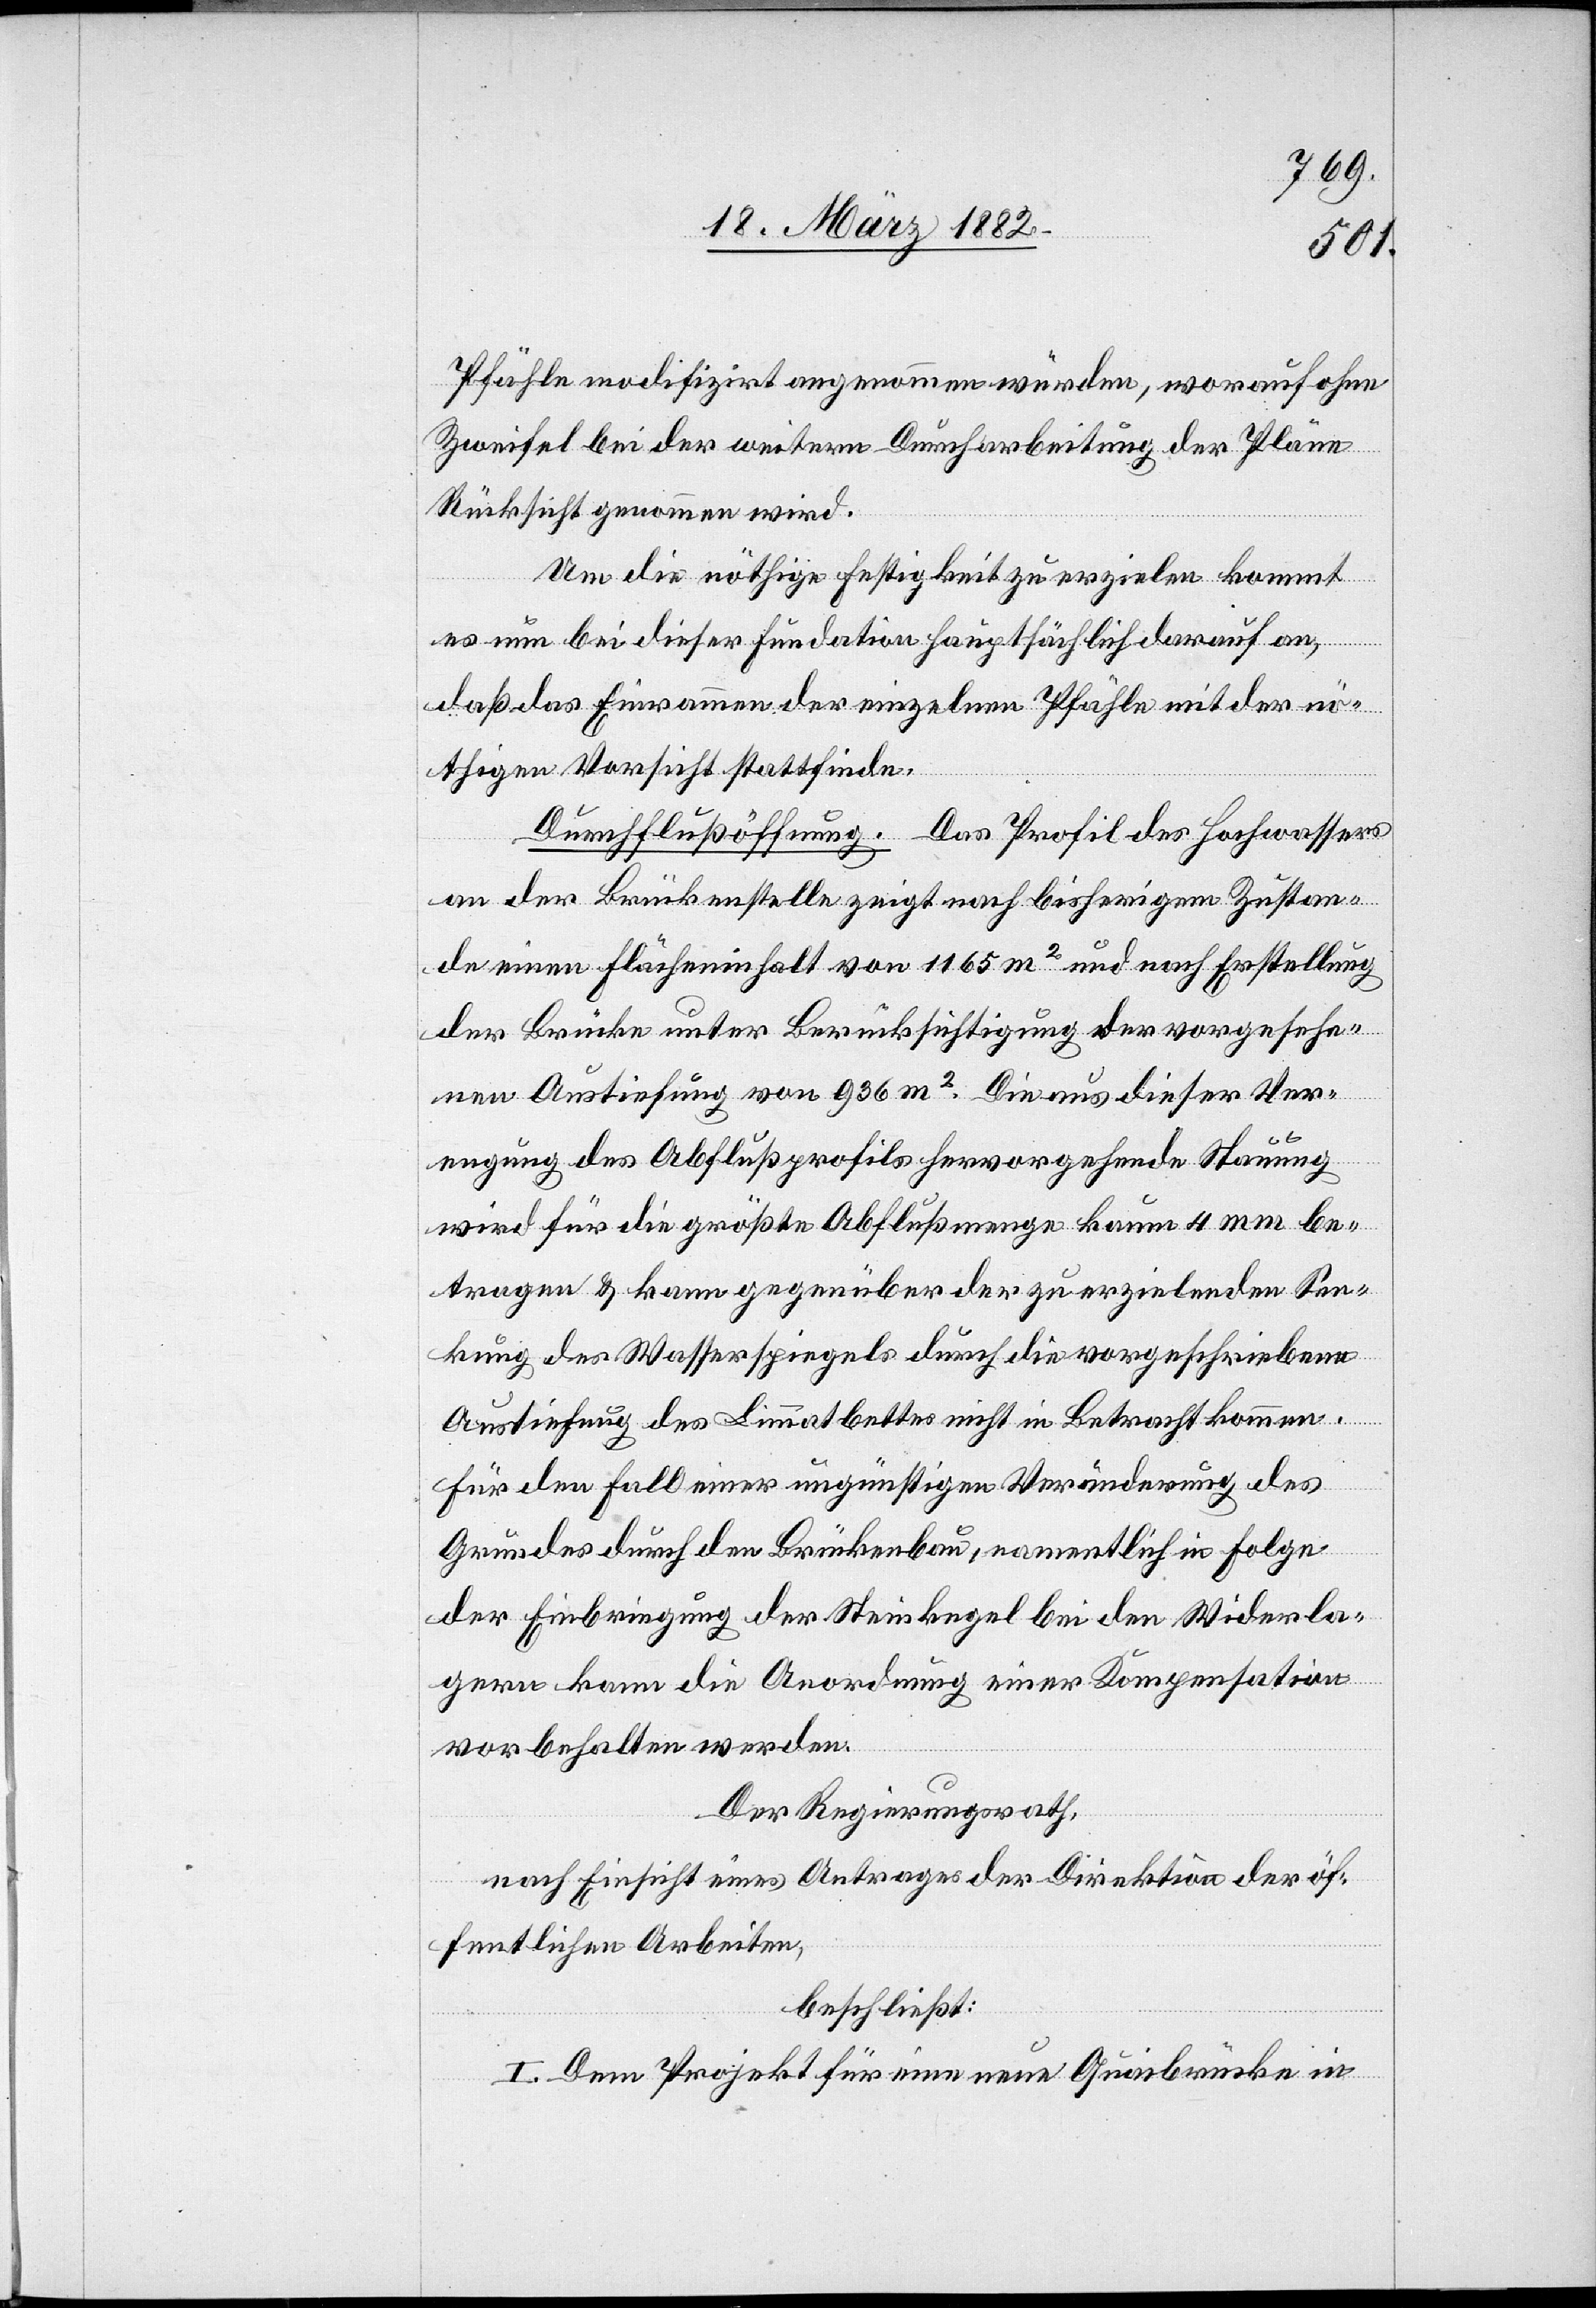
Pfähle modifizirt angenommen würde, worauf ohne
Zweifel bei der weitern Durcharbeitung der Pläne
Rücksicht genommen wird.
Um die nöthige Festigkeit zu erzielen kommt
es bei dieser Fundation hauptsächlich darauf an,
daß das Einrammen der einzelnen Pfähle mit der nö¬
thigen Vorsicht stattfinde.
Durchflußöffnung. Das Profil des Hochwassers
an der Brückenstelle zeigt nach bisherigem Zustan¬
de einen Flächeninhalt von 1165 m2 und nach Erstellung
der Brücke unter Berücksichtigung der vorgesehe¬
nen Austiefung von 936 m2. Die aus dieser Ver¬
engung des Abflußprofils hervorgehende Stauung
wird für die größte Abflußmenge kaum 4 mm be¬
tragen & kaum gegenüber der zu erzielenden Sen¬
kung des Wasserspiegels durch die vorgeschriebene
Austiefung des Limmatbettes nicht in Betracht kommen.
Für den Fall einer ungünstigen Veränderung des
Grundes durch den Brückenbau, namentlich in Folge
der Einbringung der Steinkegel bei den Widerla¬
gern kann die Anordnung einer Kompensation
vorbehalten werden.
Der Regierungsrath,
nach Einsicht eines Antrages der Direktion der öf¬
fentlichen Arbeiten,
beschließt:
1. Dem Projekt für eine neue Quaibrücke in